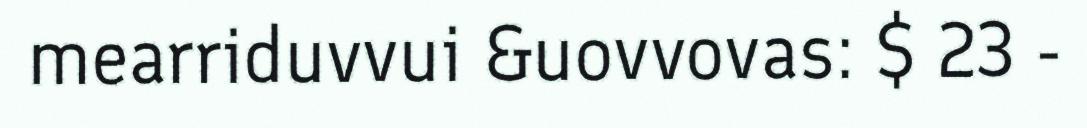
mearriduvvui &uovvovas: $ 23 -